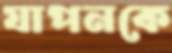
যাপনকে